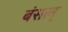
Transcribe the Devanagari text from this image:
बंसल्